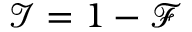
\mathcal { I } = 1 - \mathcal { F }